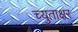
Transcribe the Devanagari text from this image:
च्युताक्षर